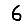
Digit: 6